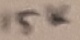
Text: 15K